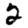
Digit: 2